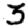
Digit: 3